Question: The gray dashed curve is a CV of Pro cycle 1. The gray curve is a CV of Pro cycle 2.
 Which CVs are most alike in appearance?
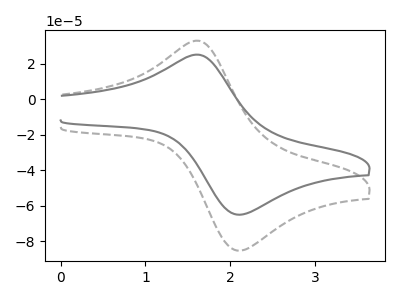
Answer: <think>The gray dashed curve "Pro cycle 1" has an anodic peak at (1.60V, 33.10uA) and a cathodic peak at (2.05V, -85.15uA). The gray curve "Pro cycle 2" has an anodic peak at (1.60V, 25.25uA) and a cathodic peak at (2.05V, -64.90uA).
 All the peaks in "Pro cycle 1" have a peak in "Pro cycle 2" at the same potential. Every peak in "Pro cycle 1" is higher than every peak in "Pro cycle 2".</think>
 <answer>"Pro cycle 1" and "Pro cycle 2" have the same shape and are likely CV's of the same chemical.</answer>
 <eval>"Pro cycle 1" "Pro cycle 2"</eval>